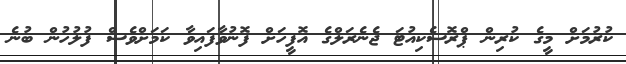
ކުރުމަށް މީގެ ކުރިން ޕްރޮސެކިއުޓަ ޖެނެރަލްގެ އޮފީހަށް ފޮނުވާފައިވާ ކަމަށްވެސް ފުލުހުން ބުނެ